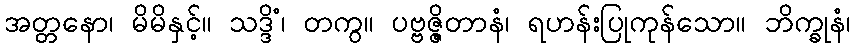
အတ္တနော၊ မိမိနှင့်။ သဒ္ဒိံ၊ တကွ။ ပဗ္ဗဇ္ဇိတာနံ၊ ရဟန်းပြုကုန်သော။ ဘိက္ခုနံ၊